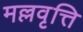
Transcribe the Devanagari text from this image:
मल्लवृत्ति